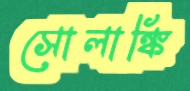
সোলাঙ্কি